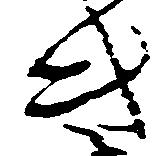
き